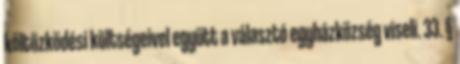
költözködési költségeivel együtt a választó egyházközség viseli. 33. §